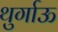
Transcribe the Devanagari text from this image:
थुर्गाऊ